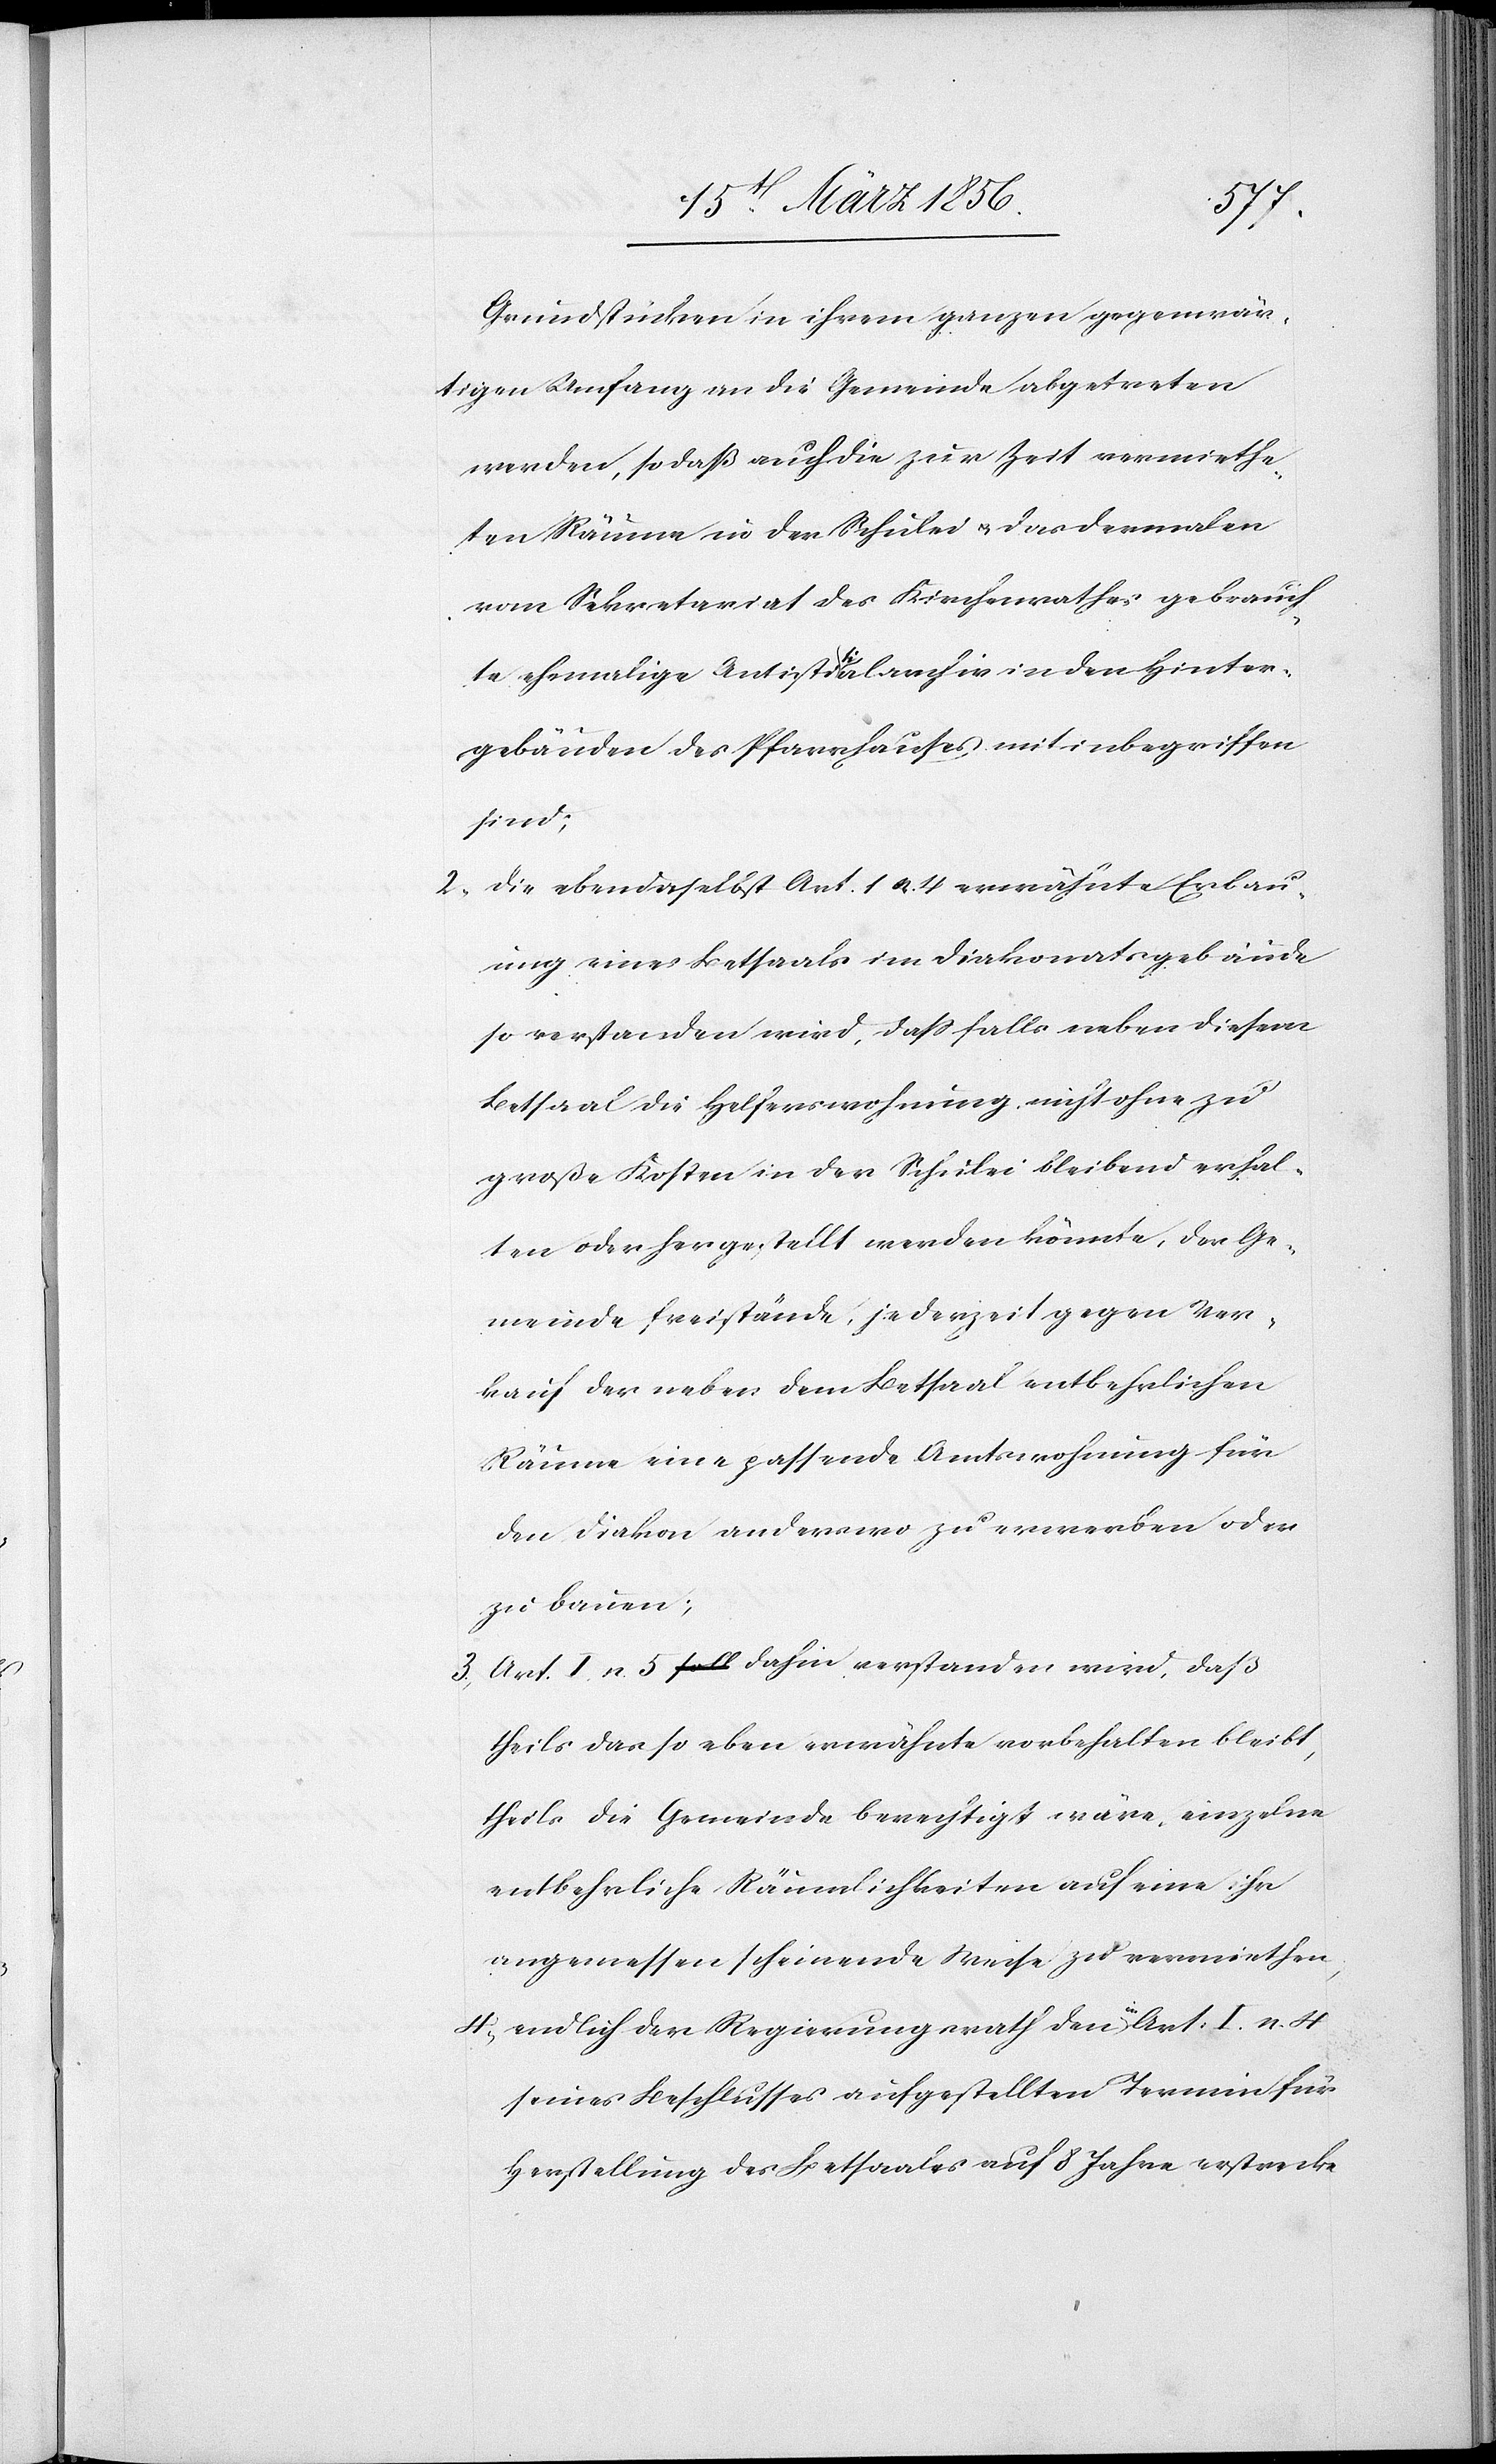
Grundstücken in ihrem ganzen gegenwär¬
tigen Umfang an die Gemeinde abgetreten
werden, so daß auch die zur Zeit vermiethe¬
ten Räume in der Schulei u. das dermalen
vom Sekretariat des Kirchenrathes gebrauch¬
te ehemalige Antistia-ti-aalarchiv in den Hinter¬
gebäuden des Pfarrhauses mitinbegriffen
sind;
2., die ebendaselbst Art. 1 n. 4 erwähnte Erbau¬
ung eines Betsaals im Diakonatsgebäude
so verstanden wird, daß falls neben diesem
Betsaal die Helferswohnung nicht ohne zu
große Kosten in der Schulei bleibend erhal¬
ten oder hergestellt werden könnte, der Ge¬
meinde freistände, jederzeit gegen Ver¬
kauf der neben dem Betsaal entbehrlichen
Räume eine passende Amtswohnung für
den Diakon anderswo zu erwerben oder
zu bauen;
3., Art. I. n. 5 dahin verstanden wird, das
theils das so eben erwähnte vorbehalten bleibt,
theils die Gemeinde berechtigt wäre, einzelne
entbehrliche Räumlichkeiten auf eine ihr
angemessen scheinende Weise zu vermiethen,
4., endlich der Regierungsrath den a-in-a Art. I. n. 4
seines Beschlusses aufgestellten Termin für
Herstellung des Betsaales auf 8 Jahre erstrecke